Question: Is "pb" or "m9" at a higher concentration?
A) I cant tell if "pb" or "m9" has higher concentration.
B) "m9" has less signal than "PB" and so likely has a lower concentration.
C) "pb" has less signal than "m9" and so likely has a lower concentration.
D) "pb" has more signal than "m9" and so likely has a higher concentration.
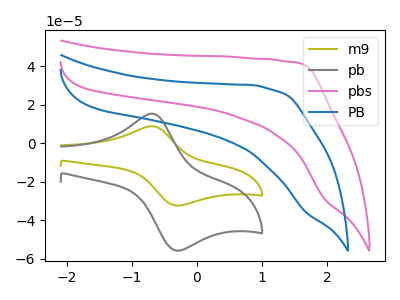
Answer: <think>The olive curve "m9" has an anodic peak at (-0.70V, 8.95uA) and a cathodic peak at (-0.35V, -32.25uA). The gray curve "pb" has an anodic peak at (-0.70V, 15.45uA) and a cathodic peak at (-0.35V, -55.65uA). The pink curve "pbs" has no peaks. The blue curve "PB" has no peaks.
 All the peaks in "pb" have a peak in "m9" at the same potential. Every peak in "pb" is higher than every peak in "m9".</think>
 <answer>D) "pb" has more signal than "m9" and so likely has a higher concentration.</answer>
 <eval>D</eval>